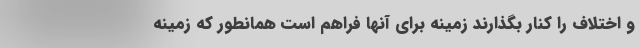
و اختلاف را کنار بگذارند زمینه برای آنها فراهم است همانطور که زمینه